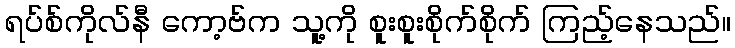
ရပ်စ်ကိုလ်နီ ကော့ဗ်က သူ့ကို စူးစူးစိုက်စိုက် ကြည့်နေသည်။